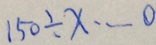
1 5 0 \div x \cdots 0